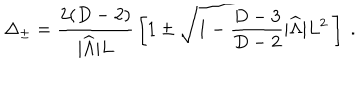
\Delta _ { \pm } = { \frac { 2 ( D - 2 ) } { | { \widehat \Lambda } | L } } \left[ 1 \pm \sqrt { 1 - { \frac { D - 3 } { D - 2 } } | { \widehat \Lambda } | L ^ { 2 } } ~ \right] ~ .